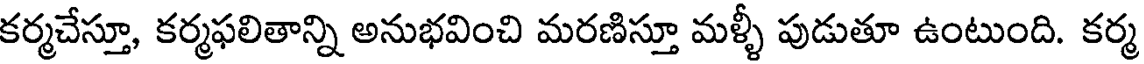
కర్మచేస్తూ, కర్మఫలితాన్ని అనుభవించి మరణిస్తూ మళ్ళీ పుడుతూ ఉంటుంది. కర్మ